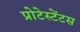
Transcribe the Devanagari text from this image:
प्रोटेस्टेंटस